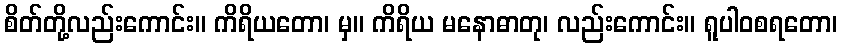
စိတ်တို့လည်းကောင်း။ ကိရိယတော၊ မှ။ ကိရိယ မနောဓာတု၊ လည်းကောင်း။ ရူပါဝစရတော၊